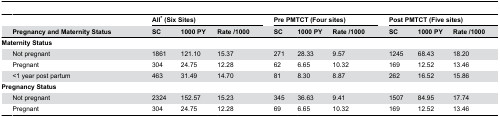
<table><thead><tr><td></td><td></td><td colspan="3"><b>All* (Six Sites)</b></td><td></td><td colspan="3"><b>Pre PMTCT (Four sites)</b></td><td></td><td colspan="3"><b>Post PMTCT (Five sites)</b></td></tr><tr><td></td><td><b>Pregnancy and Maternity Status</b></td><td><b>SC</b></td><td><b>1000 PY</b></td><td><b>Rate /1000</b></td><td></td><td><b>SC</b></td><td><b>1000 PY</b></td><td><b>Rate /1000</b></td><td></td><td><b>SC</b></td><td><b>1000 PY</b></td><td><b>Rate /1000</b></td></tr></thead><tbody><tr><td colspan="2"><b>Maternity Status</b></td><td></td><td></td><td></td><td></td><td></td><td></td><td></td><td></td><td></td><td></td><td></td></tr><tr><td></td><td>Not pregnant </td><td>1861</td><td>121.10</td><td>15.37</td><td></td><td>271</td><td>28.33</td><td>9.57</td><td></td><td>1245</td><td>68.43</td><td>18.20</td></tr><tr><td></td><td>Pregnant</td><td>304</td><td>24.75</td><td>12.28</td><td></td><td>62</td><td>6.65</td><td>10.32</td><td></td><td>169</td><td>12.52</td><td>13.46</td></tr><tr><td></td><td>&lt;1 year post partum</td><td>463</td><td>31.49</td><td>14.70</td><td></td><td>81</td><td>8.30</td><td>8.87</td><td></td><td>262</td><td>16.52</td><td>15.86</td></tr><tr><td colspan="2"><b>Pregnancy Status</b></td><td></td><td></td><td></td><td></td><td></td><td></td><td></td><td></td><td></td><td></td><td></td></tr><tr><td></td><td>Not pregnant </td><td>2324</td><td>152.57</td><td>15.23</td><td></td><td>345</td><td>36.63</td><td>9.41</td><td></td><td>1507</td><td>84.95</td><td>17.74</td></tr><tr><td></td><td>Pregnant</td><td>304</td><td>24.75</td><td>12.28</td><td></td><td>69</td><td>6.65</td><td>10.32</td><td></td><td>169</td><td>12.52</td><td>13.46</td></tr></tbody></table>